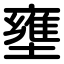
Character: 壅